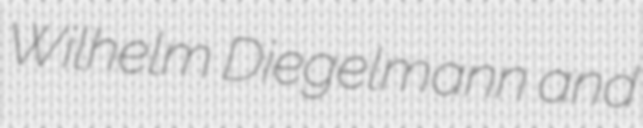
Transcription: Wilhelm Diegelmann and